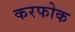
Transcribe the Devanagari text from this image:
करफोक